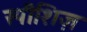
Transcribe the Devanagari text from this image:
स्पीशिज़